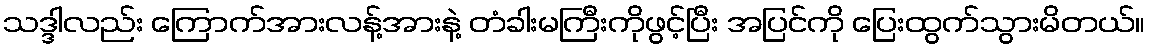
သဒ္ဒါလည်း ကြောက်အားလန့်အားနဲ့ တံခါးမကြီးကိုဖွင့်ပြီး အပြင်ကို ပြေးထွက်သွားမိတယ်။